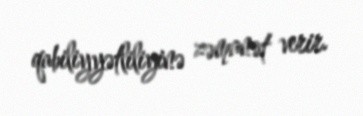
qabiliyyətliliyinə zəmanət verir.